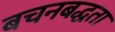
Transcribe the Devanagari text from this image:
बचनबद्धता